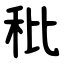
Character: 秕